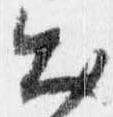
出